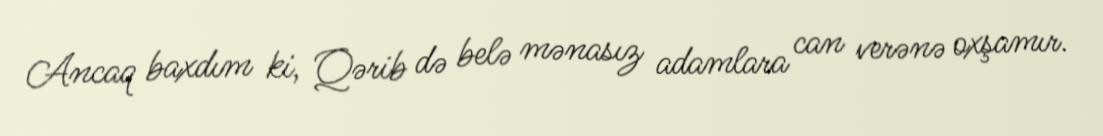
Ancaq baxdım ki, Qərib də belə mənasız adamlara can verənə oxşamır.